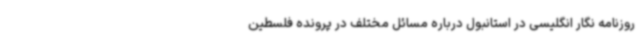
روزنامه نگار انگلیسی در استانبول درباره مسائل مختلف در پرونده فلسطین